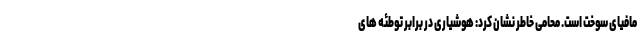
مافیای سوخت است. محامی خاطر نشان کرد: هوشیاری در برابر توطئه های